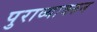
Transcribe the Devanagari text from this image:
पुराव्यावरुन